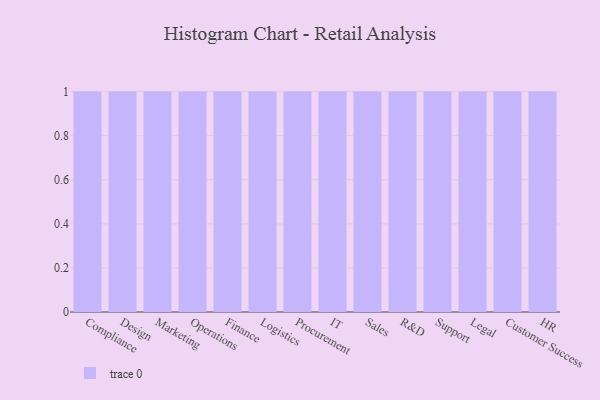
{"axis": {"x": "Department", "y": "LTV (USD)"}, "legend": [""], "data": [{"x": "Compliance", "y": 64, "type": ""}, {"x": "Design", "y": 34, "type": ""}, {"x": "Marketing", "y": 95, "type": ""}, {"x": "Operations", "y": 76, "type": ""}, {"x": "Finance", "y": 78, "type": ""}, {"x": "Logistics", "y": 50, "type": ""}, {"x": "Procurement", "y": 50, "type": ""}, {"x": "IT", "y": 87, "type": ""}, {"x": "Sales", "y": 33, "type": ""}, {"x": "R&D", "y": 29, "type": ""}, {"x": "Support", "y": 80, "type": ""}, {"x": "Legal", "y": 28, "type": ""}, {"x": "Customer Success", "y": 38, "type": ""}, {"x": "HR", "y": 33, "type": ""}]}